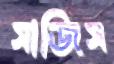
সাজিস